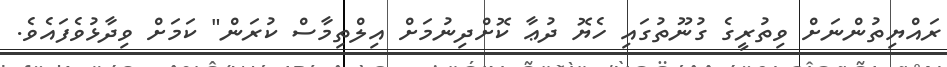
ރައްޔިތުންނަށް ވިތުރީގެ ގުނޫތުގައި ހެޔޮ ދުޢާ ކޮށްދިނުމަށް އިލްތިމާސް ކުރަން" ކަމަށް ވިދާޅުވެފައެވެ.